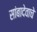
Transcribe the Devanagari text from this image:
सांबादेवाचे